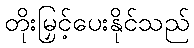
တိုးမြှင့်ပေးနိုင်သည်